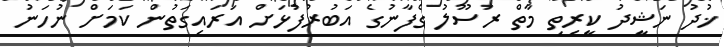
ޚުދު ނަޝީދު ކީރިތި މާތް ރަސޫލު ގެފާނުގެ އަބުރުފުޅަށް އަރައިގަތުން ކަމަށް ނުހަނު